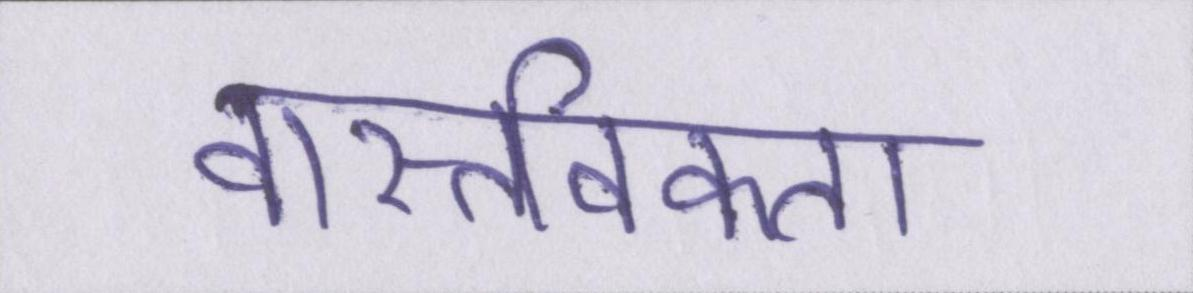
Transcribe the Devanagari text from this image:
वास्तविकता